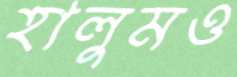
হালুমও